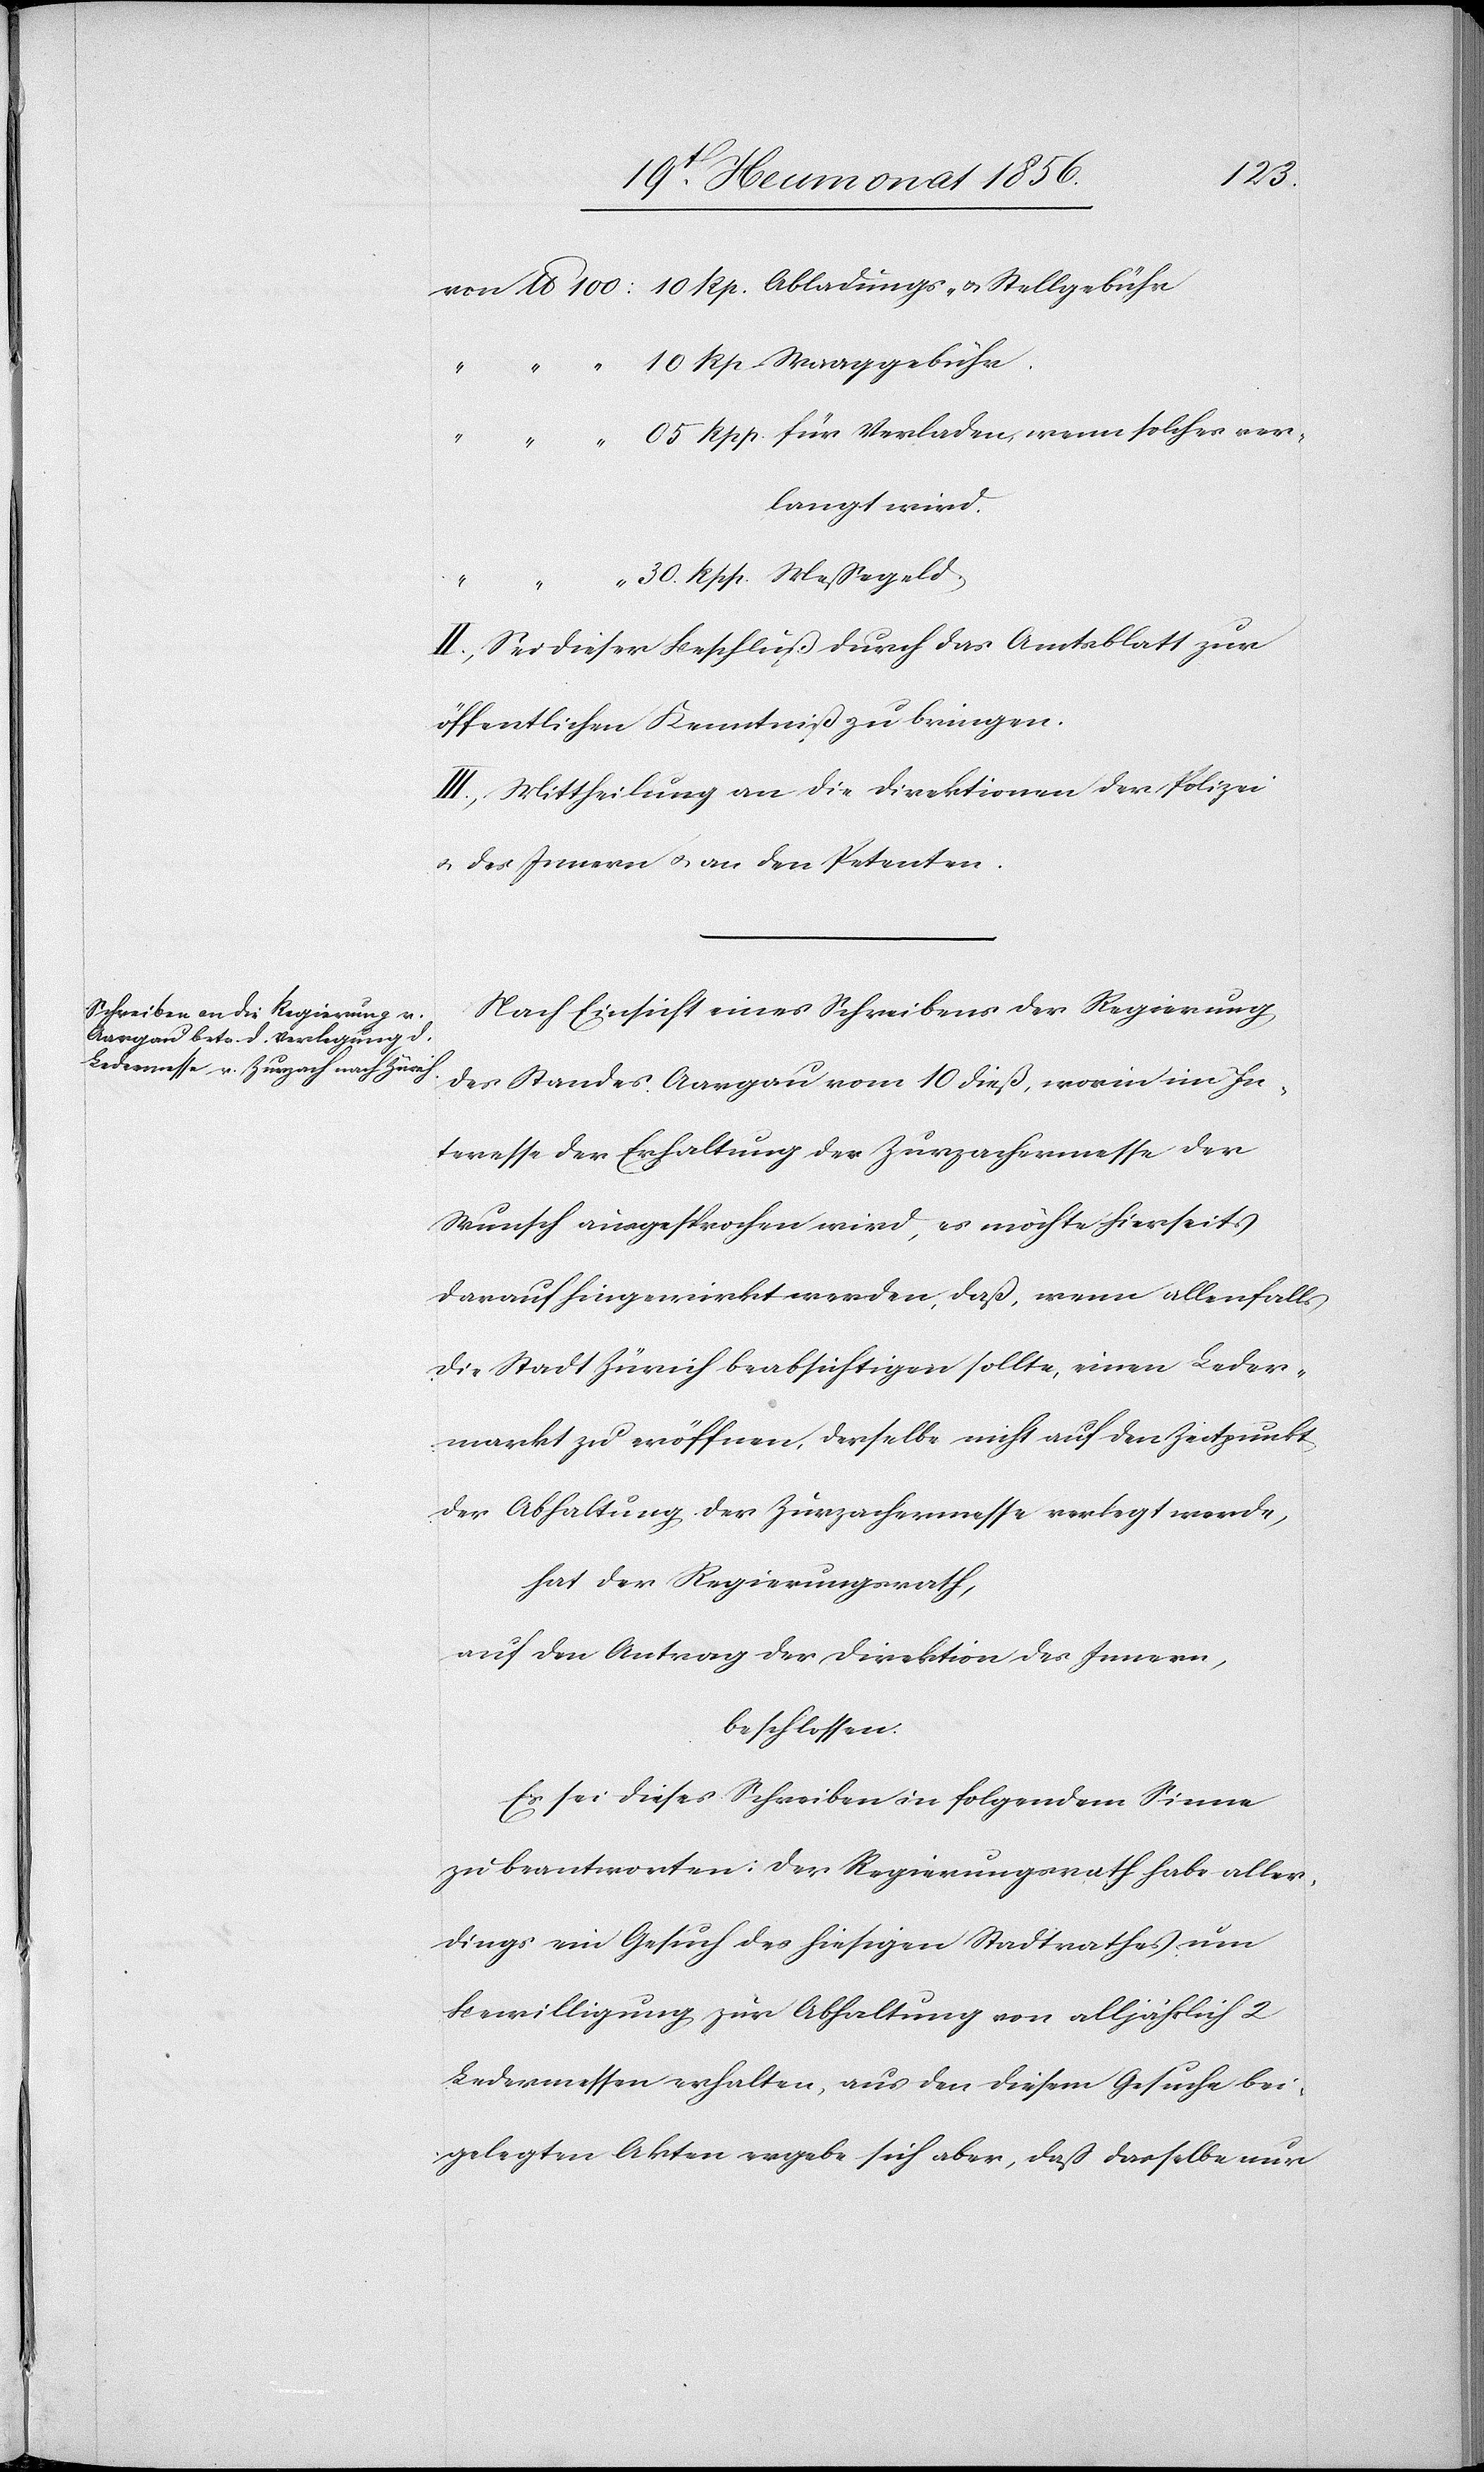
ver¬
langt wird.
II.) Sei dieser Beschluß durch das Amtsblatt zur
öffentlichen Kenntniß zu bringen.
III.) Mittheilung an die Direktionen der Polizei
u. des Innern u. an den Petenten.
Nach Einsicht eines Schreibens der Regierung
des Standes Aargau vom 10 dieß, worin im In¬
teresse der Erhaltung der Zurzachermesse der
Wunsch ausgesprochen wird, es möchte hierseits
darauf hingewirkt werden, daß, wenn allenfalls
die Stadt Zürich beabsichtigen sollte, einen Leder¬
markt zu eröffnen, derselbe nicht auf den Zeitpunkt
der Abhaltung der Zurzachermesse verlegt werde,
hat der Regierungsrath,
auf den Antrag der Direktion des Innern,
beschlossen:
Es sei dieses Schreiben in folgendem Sinne
zu beantworten: Der Regierungsrath habe aller¬
dings ein Gesuch des hiesigen Stadtrathes um
Bewilligung zur Abhaltung von alljährlich 2
Ledermessen erhalten, aus den diesem Gesuche bei¬
gelegten Akten ergebe sich aber, daß dasselbe nur